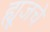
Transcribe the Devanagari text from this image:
ह्यूजचे